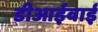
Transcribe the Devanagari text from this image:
डीआईवाई